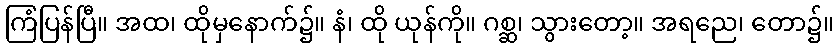
ကြံပြန်ပြီ။ အထ၊ ထိုမှနောက်၌။ နံ၊ ထို ယုန်ကို။ ဂစ္ဆ၊ သွားတော့။ အရညေ၊ တော၌။